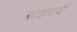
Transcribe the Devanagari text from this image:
साहचर्यै